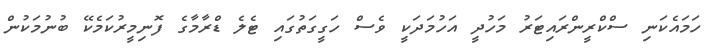
ހަމައެކަނި ސްކްރީންރައިޓަރު މަހުދީ އަހުމަދަކީ ވެސް ހަގީގަތުގައި ޓެލެ ޑްރާމާގެ ފޮނިމީރުކަމެކޭ ބުނުމަކުން